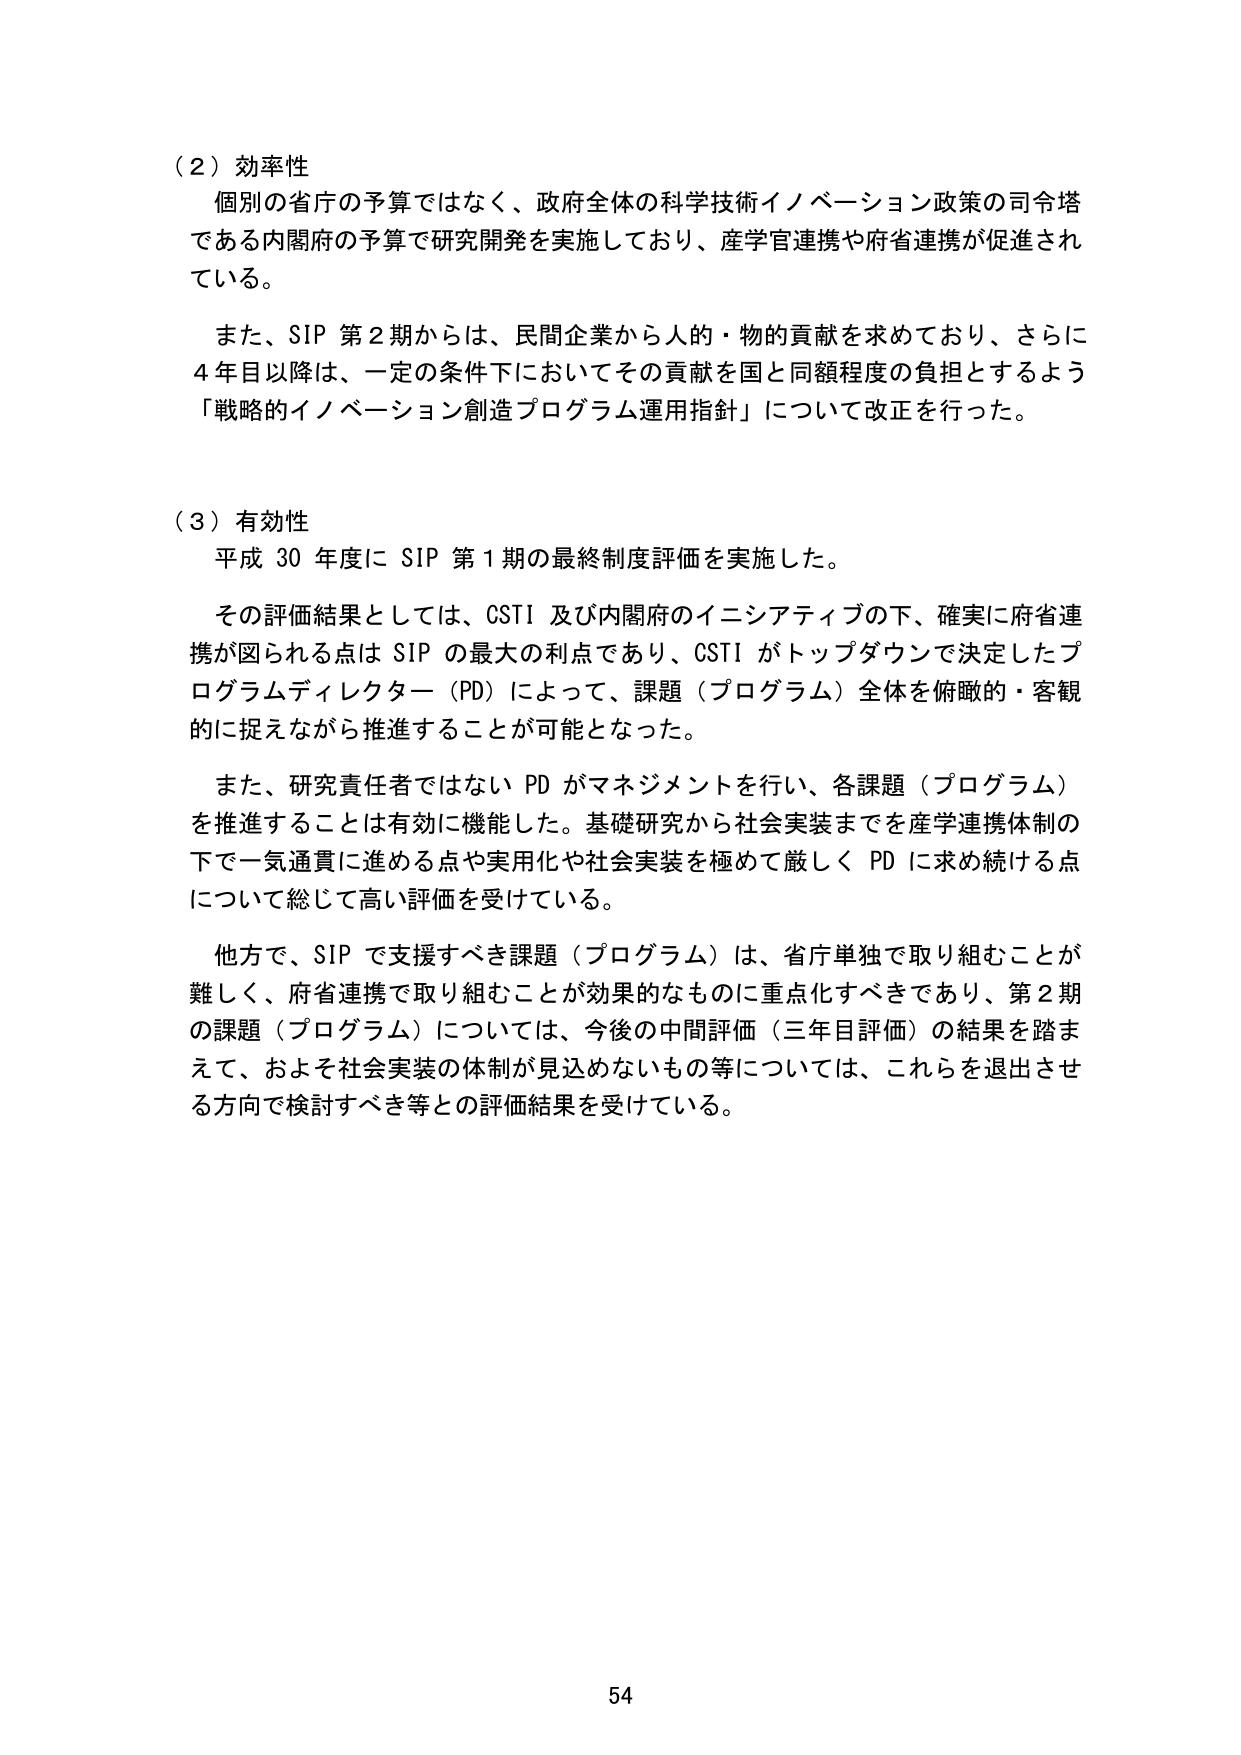
（２）効率性
個別の省庁の予算ではなく、政府全体の科学技術イノベーション政策の司令塔である内閣府の予算で研究開発を実施しており、産学官連携や府省連携が促進されている。

また、SIP 第２期からは、民間企業から人的・物的貢献を求めており、さらに４年目以降は、一定の条件下においてその貢献を国と同額程度の負担とするよう「戦略的イノベーション創造プログラム運用指針」について改正を行った。

（３）有効性
平成 30 年度に SIP 第１期の最終制度評価を実施した。

その評価結果としては、CSTI 及び内閣府のイニシアティブの下、確実に府省連携が図られる点は SIP の最大の利点であり、CSTI がトップダウンで決定したプログラムディレクター（PD）によって、課題（プログラム）全体を俯瞰的・客観的に捉えながら推進することが可能となった。

また、研究責任者ではない PD がマネジメントを行い、各課題（プログラム）を推進することは有効に機能した。基礎研究から社会実装までを産学連携体制の下で一気通貫に進める点や実用化や社会実装を極めて厳しく PD に求め続ける点について総じて高い評価を受けている。

他方で、SIP で支援すべき課題（プログラム）は、省庁単独で取り組むことが難しく、府省連携で取り組むことが効果的なものに重点化すべきであり、第２期の課題（プログラム）については、今後の中間評価（三年目評価）の結果を踏まえて、およそ社会実装の体制が見込めないもの等については、これらを退出させる方向で検討すべき等との評価結果を受けている。

54